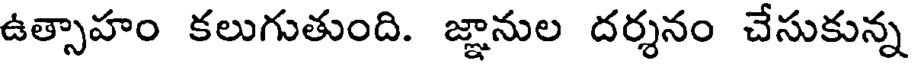
ఉత్సాహం కలుగుతుంది. జ్ఞానుల దర్శనం చేసుకున్న